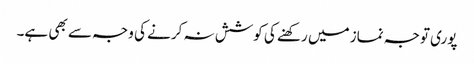
پوری توجہ نماز میں رکھنے کی کوشش نہ کرنے کی وجہ سے بھی ہے۔